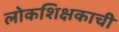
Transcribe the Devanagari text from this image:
लोकशिक्षकाची